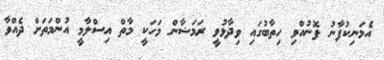
އެމަނިކުފާނު ފޮނުއްވި ހިތާބުގައި ވިދާޅުވީ ރަމަޟާން މަހަކީ މާތް އިސްލާމީ އުންމަތަށް ދެއްވާ